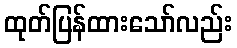
ထုတ်ပြန်ထားသော်လည်း